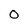
Character: O